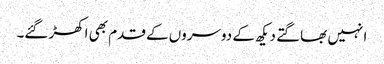
ا نہیں بھاگتے دیکھ کے دوسروں کے قدم بھی اکھڑ گئے۔